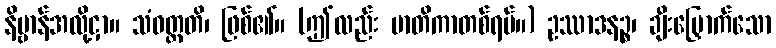
နိဗ္ဗာန်အလို့ငှာ။ သံဝတ္တတိ၊ ဖြစ်၏။ (ဤလည်း မာတိကာတစ်ရပ်။) ဥဿာဒနဉ္စ၊ ချီးမြှောက်သော